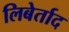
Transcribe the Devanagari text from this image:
लिबेर्ताद